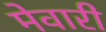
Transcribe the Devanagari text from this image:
मेवारी